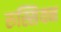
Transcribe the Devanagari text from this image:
रुस्सियन